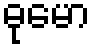
ဓုမော